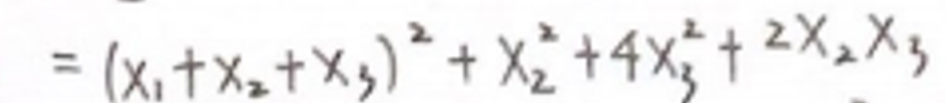
$ = ( x _ { 1 } + x _ { 2 } + x _ { 3 } ) ^ { 2 } + x _ { 2 } ^ { 2 } + 4 x _ { 3 } ^ { 2 } + 2 x _ { 2 } x _ { 3 } $